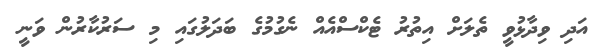
އަދި ވިދާޅުވީ ތެލަށް އިތުރު ޓެކްސްއެއް ނެގުމުގެ ބަދަލުގައި މި ސަރުކާރުން ވަނީ